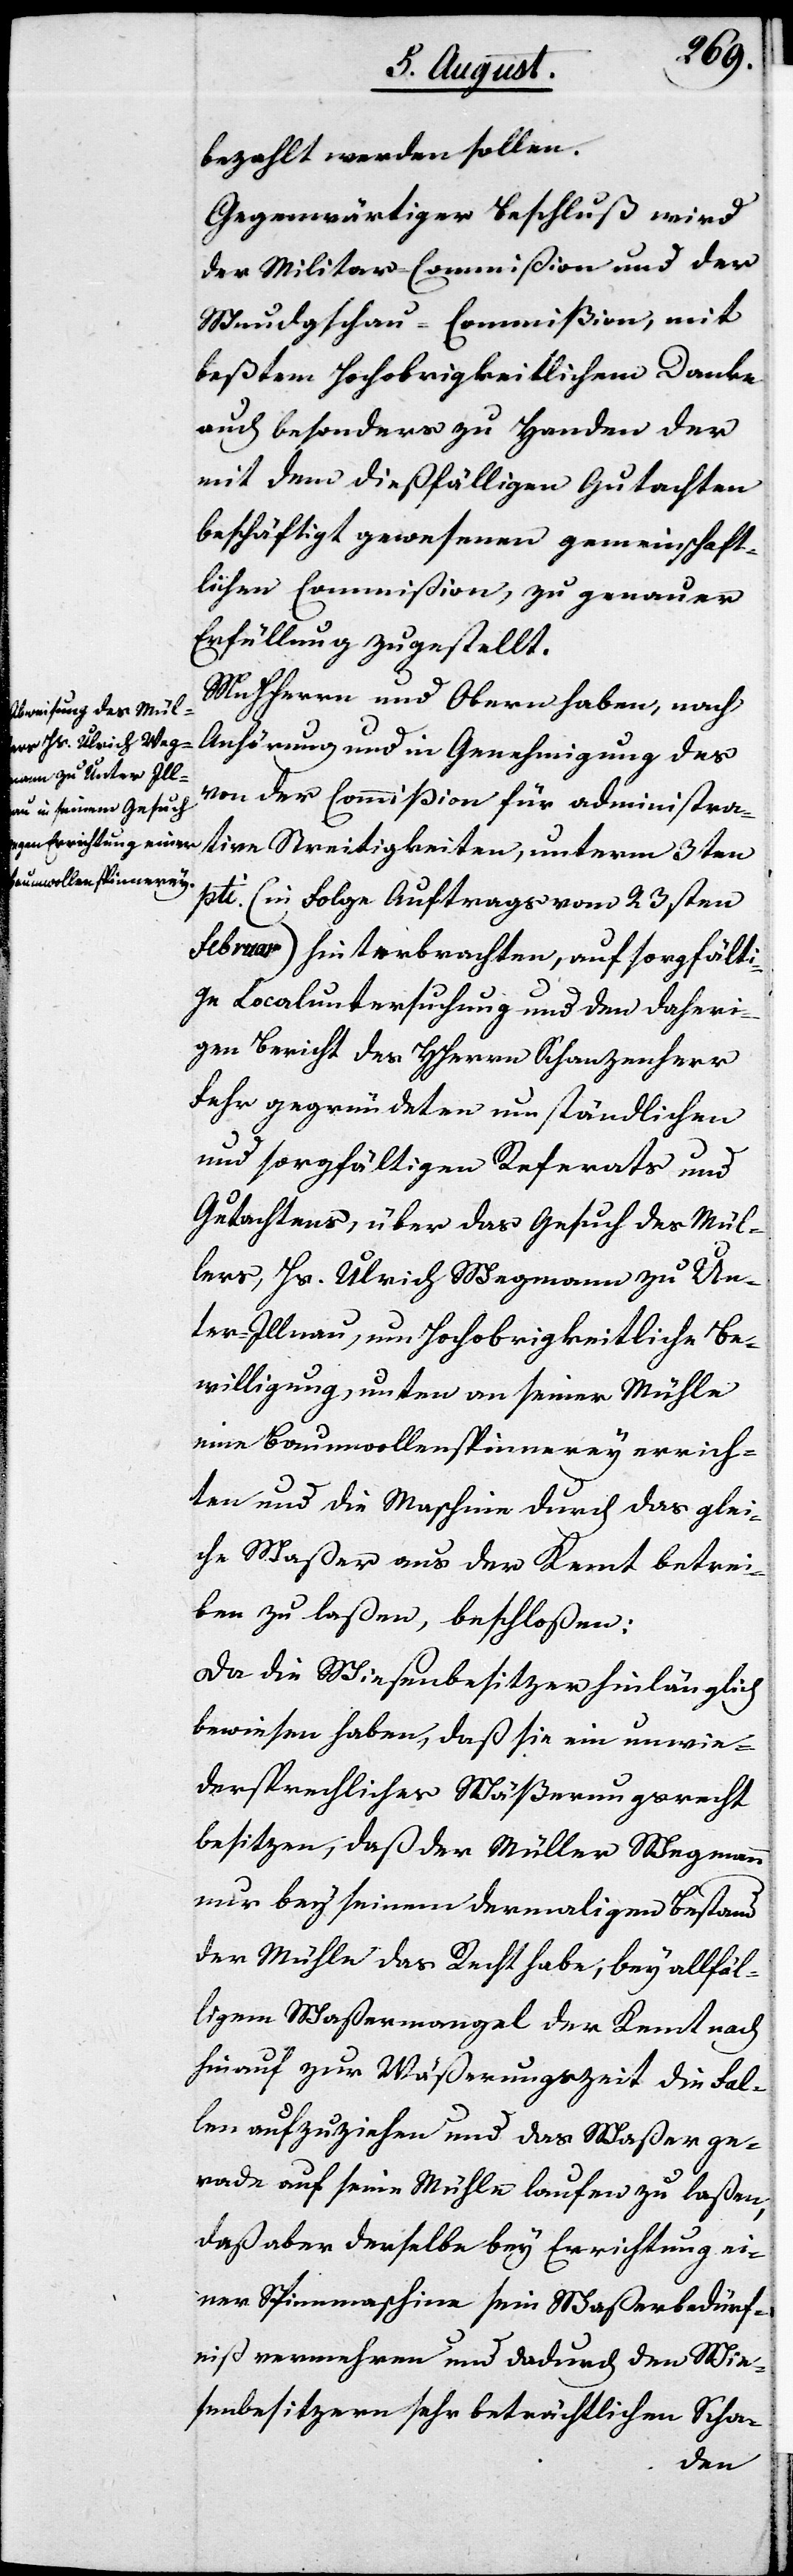
bezahlt werden sollen.
Gegenwärtiger Beschluß wird
der Militar-Commißion und der
Wundgschau-Commißion, mit
beßtem Hochobrigkeitlichem Danke
auch besonders zu Handen der
mir dem dießfälligen Gutachten
beschäftigt gewesenen gemeinschaft¬
lichen Commißion, zu genauer
Erfüllung zugestellt.
MHHerren und Obern haben, nach
Anhörung und in Genehmigung des
von der Commißion für administra¬
tive Streitigkeiten, unterm 3ten
pti. (in Folge Auftrags vom 23sten
Februar) hinterbrachten, auf sorgfälti¬
ge Localuntersuchung und den daheri¬
gen Bericht des HHerrn Schanzenherr
Fehr gegründeten umständlichen
und sorgfältigen Referats und
Gutachtens, über das Gesuch des Mül¬
lers, Hs. Ulrich Wegmann zu Un¬
ter-Illnau, um Hochobrigkeitliche Be¬
willigung, unten an seiner Mühle
eine Baumwollenspinnerey errich¬
ten und die Maschine durch das glei¬
che Waßer aus der Kemt betrei¬
ben zu laßen, beschloßen:
Da die Wiesenbesitzer hinlänglich
bewiesen haben, daß sie ein unwie¬
dersprechliches Wäßerungsrecht
besitzen, daß der Müller Wegmann
nur bey seinem dermaligen Bestand
der Mühle das Recht habe, bey allfäl¬
ligem Waßermangel der Kemt nach
hinauf zur Wäßerungszeit die Fal¬
len aufzuziehen und das Waßer ge¬
rade auf seine Mühle laufen zu laßen,
daß aber derselbe bey Errichtung ei¬
ner Spinnmaschine sein Waßerbedürf¬
nis vermehren und dadurch den Wie¬
senbesitzern sehr beträchtlichen Scha-